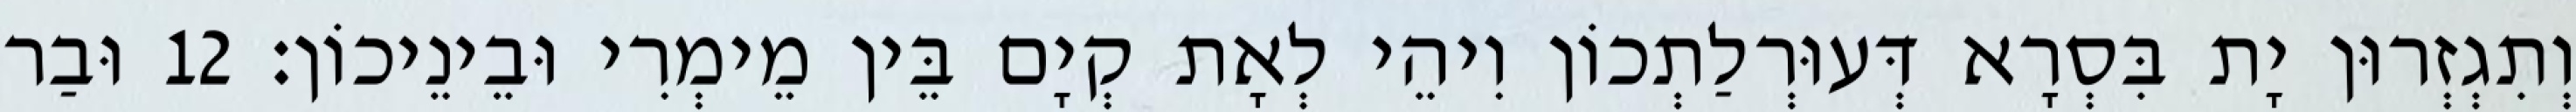
וְתִגְזְרוּן יָת בִּסְרָא דְּעוּרְלַתְכוֹן וִיהֵי לְאָת קְיָם בֵּין מֵימְרִי וּבֵינֵיכוֹן׃ 12 וּבַר